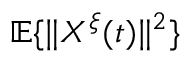
\mathbb { E } \{ \| X ^ { \xi } ( t ) \| ^ { 2 } \}